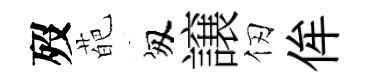
歿葩匆譲仞侔